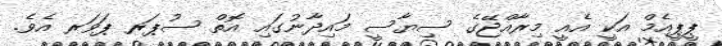
ޕީޕީއެމް އަކީ އެއީ މިރާއްްޖޭގެ ސިޔާސީ މައިދާނުގައި އޮތް ސުޕަރ ޕަވަރ އެވެ.